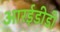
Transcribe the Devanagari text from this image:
आरईडीडी